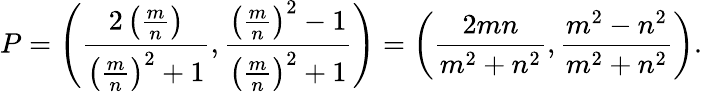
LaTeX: P=\left({\frac{2\left({\frac{m}{n}}\right)}{\left({\frac{m}{n}}\right)^{2}+1}},{\frac{\left({\frac{m}{n}}\right)^{2}-1}{\left({\frac{m}{n}}\right)^{2}+1}}\right)=\left({\frac{2mn}{m^{2}+n^{2}}},{\frac{m^{2}-n^{2}}{m^{2}+n^{2}}}\right).